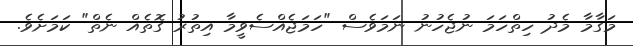
މަގާމާ މެދު ހިތްހަމަ ނުޖެހުނު ނަމަވެސް "ހަަމަޖެއްސެވީމާ އިތުރު ގޮތެއް ނެތް" ކަމަށެވެ.